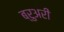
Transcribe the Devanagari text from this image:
ब्रुअरी